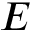
E